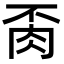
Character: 𦙂